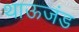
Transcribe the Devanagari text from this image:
थाऊजंड